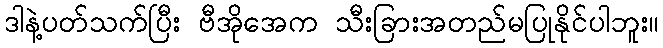
ဒါနဲ့ပတ်သက်ပြီး ဗီအိုအေက သီးခြားအတည်မပြုနိုင်ပါဘူး။